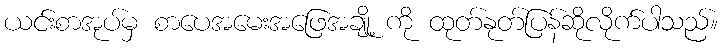
ယင်းစာအုပ်မှ စာပေအမေးအဖြေအချို့ ကို ထုတ်နုတ်ပြန်ဆိုလိုက်ပါသည်။